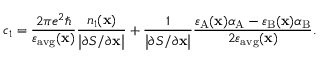
c _ { 1 } = \frac { 2 \pi e ^ { 2 } \hbar } { \varepsilon _ { \mathrm { a v g } } ( \mathbf { x } ) } \frac { n _ { 1 } ( \mathbf { x } ) } { \left| \partial S / \partial \mathbf { x } \right| } + \frac { 1 } { \left| \partial S / \partial \mathbf { x } \right| } \frac { \varepsilon _ { \mathrm { A } } ( \mathbf { x } ) \alpha _ { \mathrm { A } } - \varepsilon _ { \mathrm { B } } ( \mathbf { x } ) \alpha _ { \mathrm { B } } } { 2 \varepsilon _ { \mathrm { a v g } } ( \mathbf { x } ) } .